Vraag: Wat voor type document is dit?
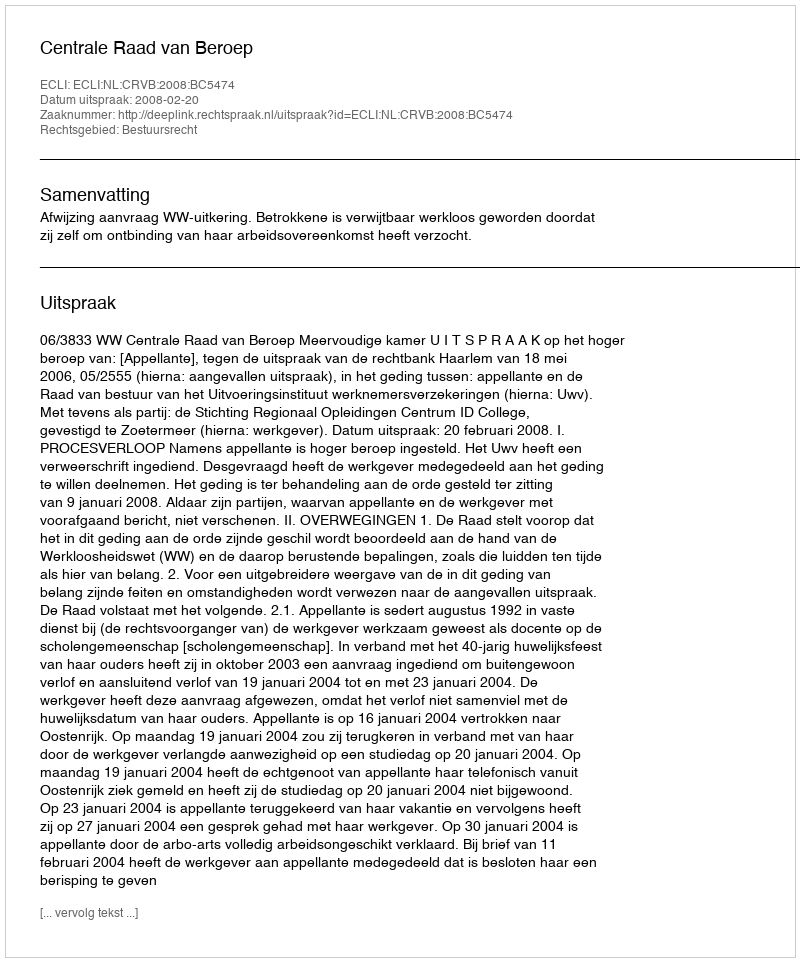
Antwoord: Uitspraak